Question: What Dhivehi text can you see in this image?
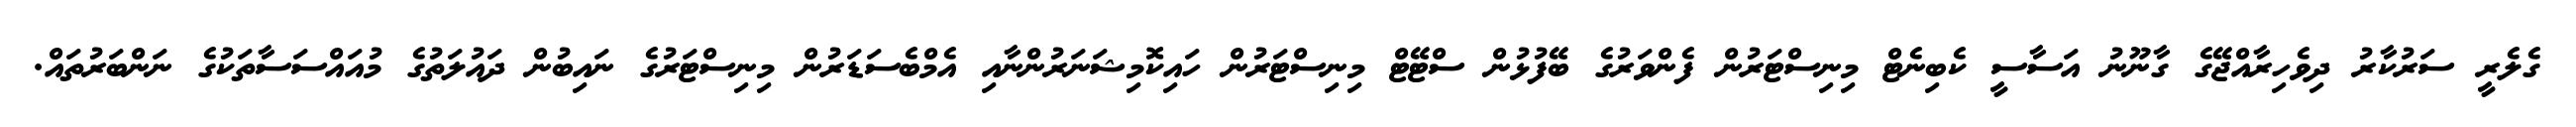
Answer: ގެލެރީ ސަރުކާރު ދިވެހިރާއްޖޭގެ ގާނޫނު އަސާސީ ކެބިނެޓް މިނިސްޓަރުން ފެންވަރުގެ ބޭފުޅުން ސްޓޭޓް މިނިސްޓަރުން ހައިކޮމިޝަނަރުންނާއި އެމްބެސަޑަރުން މިނިސްޓަރުގެ ނައިބުން ދައުލަތުގެ މުއައްސަސާތަކުގެ ނަންބަރުތައް.